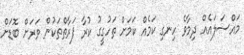
މައްސަލައެއް ދިމާވެ ހިނގި ކަމެއް ކަމަށް ތަހުގީގު ކުރާ ފަރާތްތަކުން ވަރަށް ބޮޑަށް